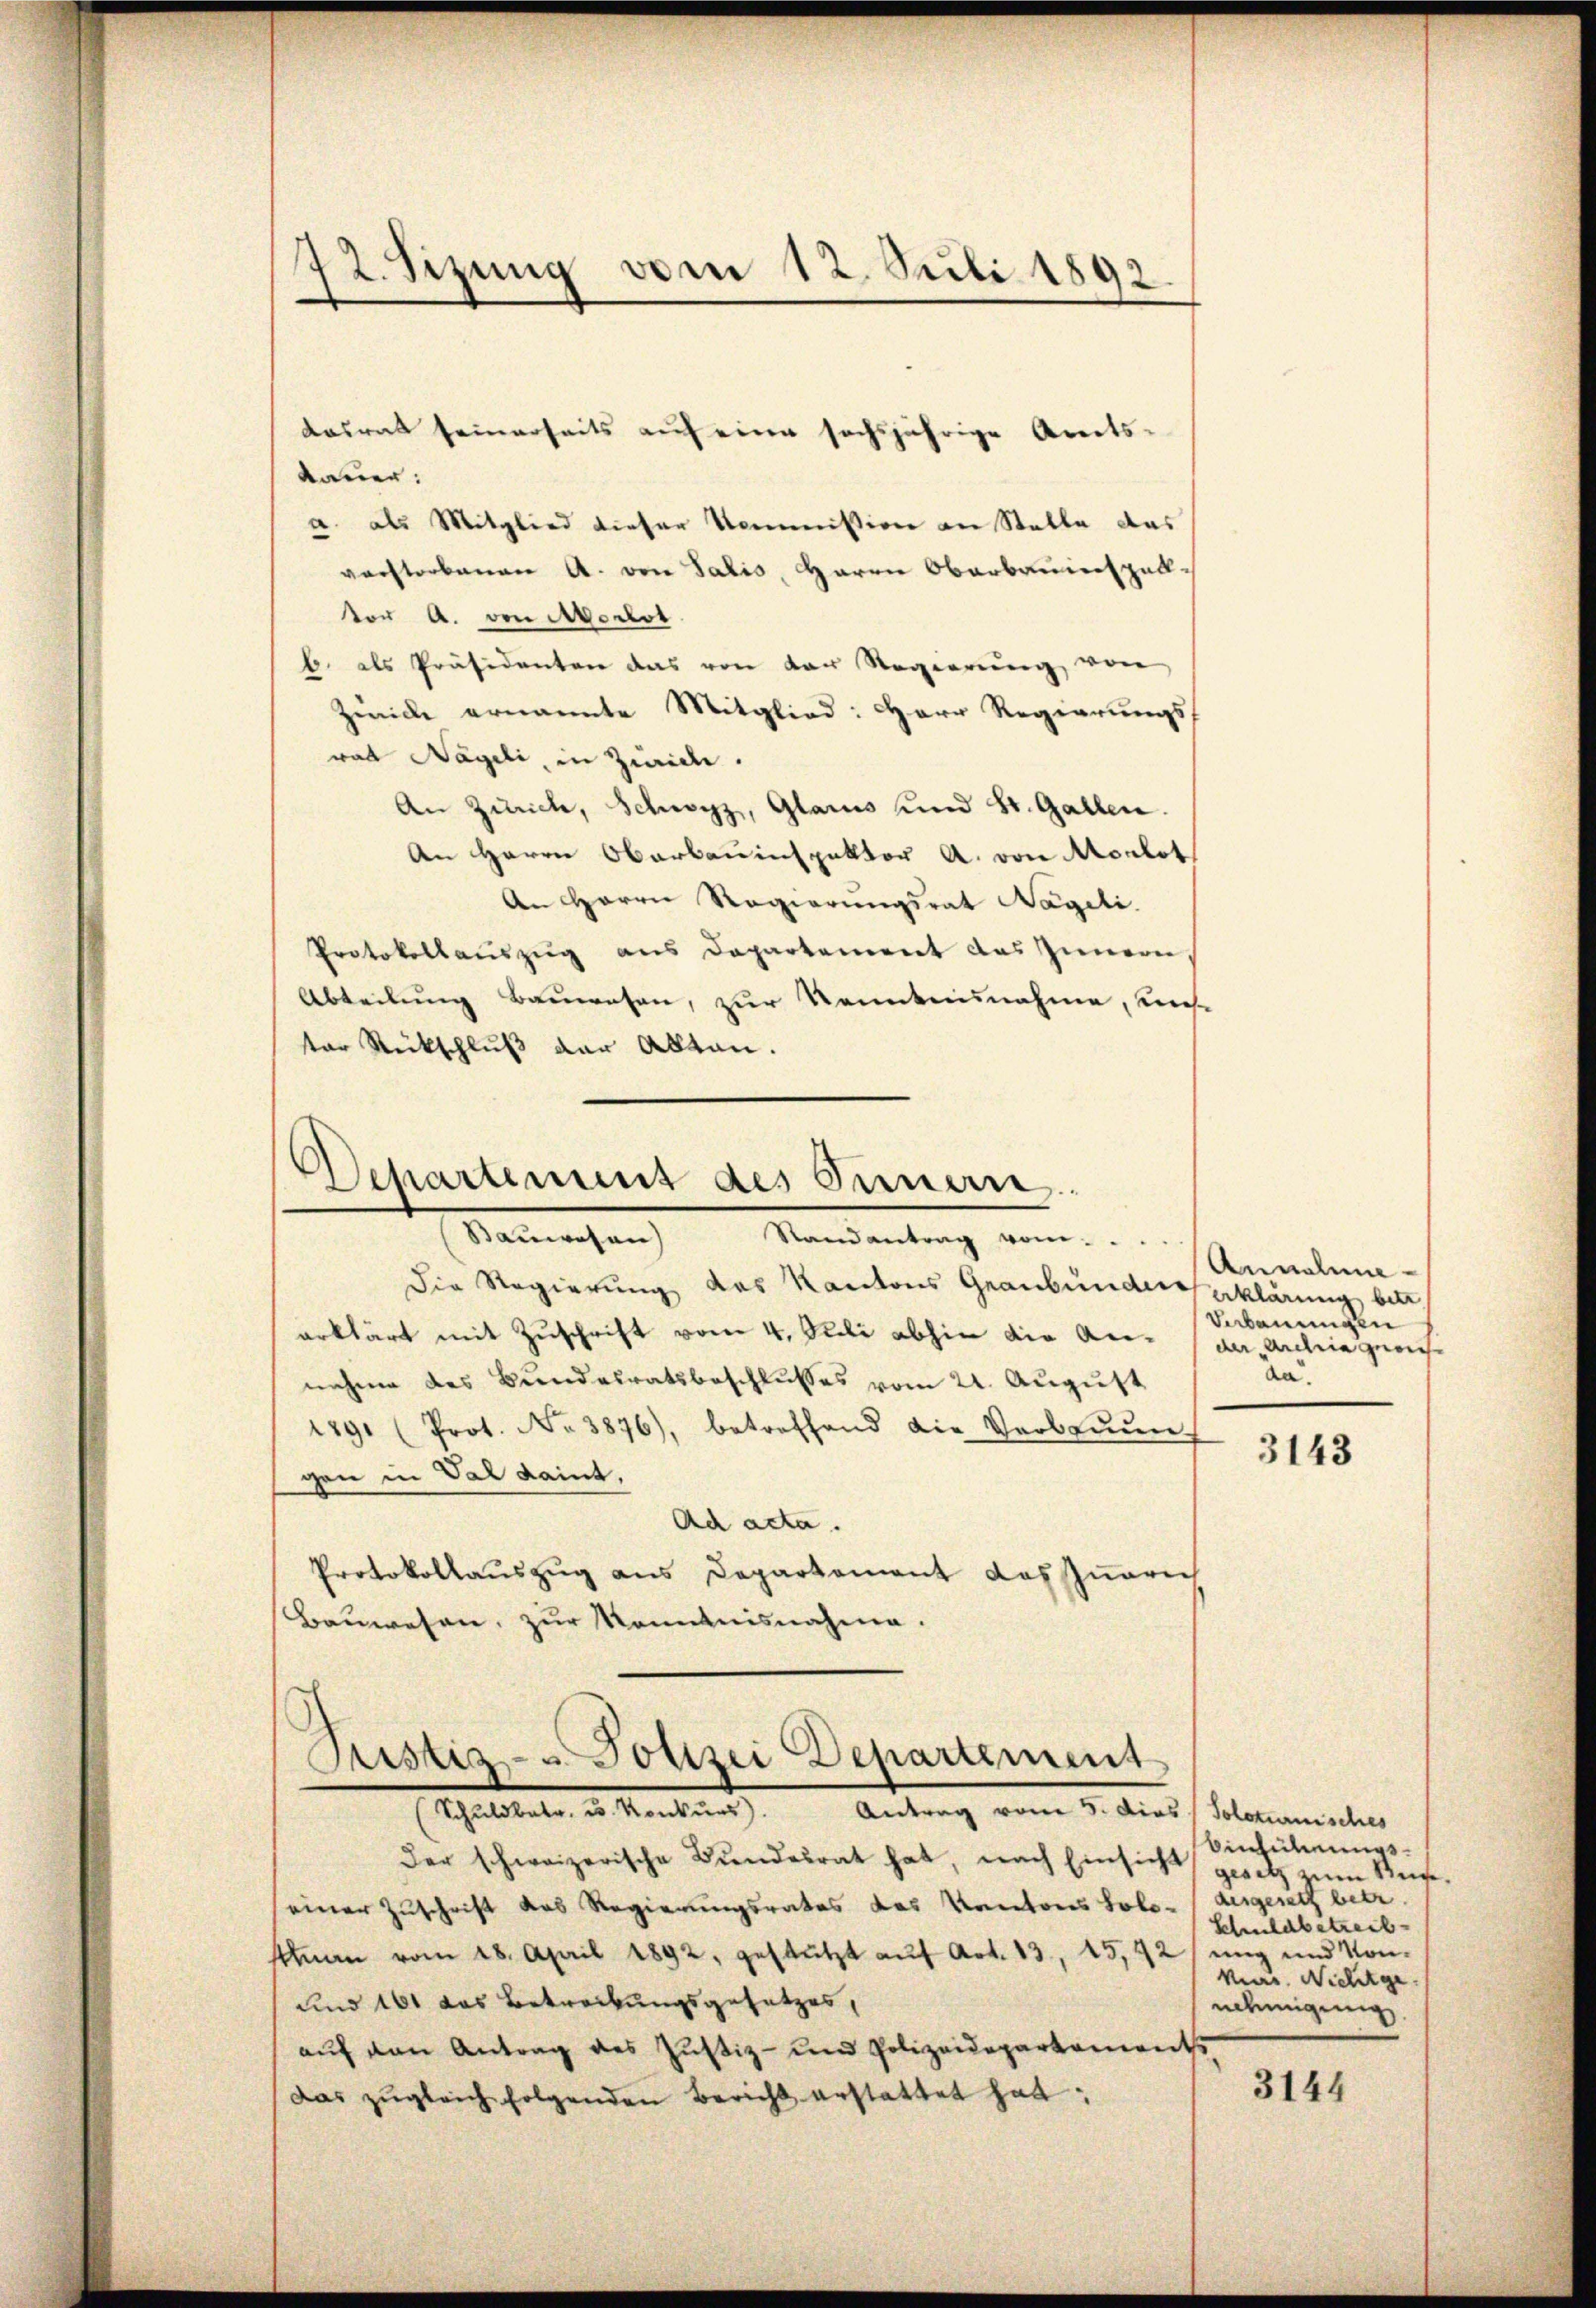
72. Sizung vom 12. Juli 1892

dasrat seinerseits auf eine sechsjährige Areitskauer:
a. als Mitglied dieser Kommission an Stelle das
verstorbenen A. von Salis, Herrn Oberbauinspall-
vor A. von Aador
b. als Präsidenten das von der Regierŭng von
Zinice ernannte Mitglied: Herr Regierungs-
wal Nageli, in Zwaide.
An Zürich, Schwyz, Glarus und St. Gallen.
An Herrn Oberbauinspektor A. von Morlot
An Herrn Regierungsrat Nageli
Protokollauszug aus Departement das Innern
Abteilung Bauwesen, zur Kenntnisnahme, unse
ter Rückschluß der Alten.

Departement des Innern.
Baŭwesen Randantrag vom...

Die Regierung des Kantons Graubünders erklärung betr.
erklärt mit Zuschrift vom 4. Stili abhin die An- (der Archia gerichnahme des Bundesratsbeschlusses vom 21. August
1891 (Prot. No 3876), betreffend die Verbaŭŭn
gen in Val dait,
Ad acta.
Protokollauszug aus Departement das unrich
Bauwesen, zur Kenntnisnahme.

E
Justiz- & Polizei Departement
Schattete, u. Kantons Antrag vom 5. dies Stammener

der schweizerische Bŭndesrat hat, nach Einsicht geses Ruf.
einer Zuschrift das Regierungsrates das Kantons Solo- (ausgesetz betr.
stnn vom 28. April 1892, gestützt aŭf Art. 13, 15,42/ ŭng und Kon-
und 161 das Betreibungsgesetzes,
aŭf den Antrag des Justiz- und Polizeidepartements
das zŭgleich folgenden Bericht erstattet hat:

Annahme
Verbauungen
da.

3143

binlichungs¬
Schildbetreib
var. Nichtge
nehmigung

3144